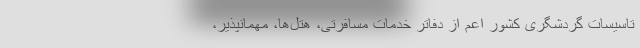
تاسیسات گردشگری کشور اعم از دفاتر خدمات مسافرتی، هتل‌ها، مهمانپذیر،